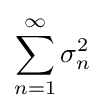
\sum _{n=1}^{\infty }\sigma _{n}^{2}